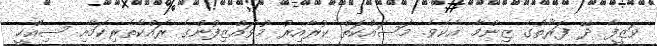
ވަޒީފާ ދޭ ފަރާތުގެ ޒިންމާ އެކެވެ. މަސައްކަތް ކުރާއިރު މުވައްޒިފުންގެ ރައްކާތެރިކަމާއި ސިއްހީ